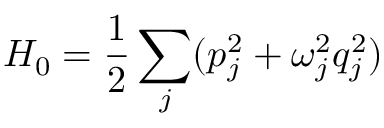
H _ { 0 } = \frac { 1 } { 2 } \sum _ { j } ( p _ { j } ^ { 2 } + \omega _ { j } ^ { 2 } q _ { j } ^ { 2 } )